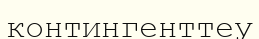
контингенттеу